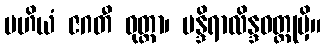
မဟိယံ ဇဂတီ ဝုတ္တာ၊ မန္ဒိရာလိန္ဒဝတ္ထုမှိ။